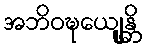
အဘိဝဍ္ဎေယျုန္တိ